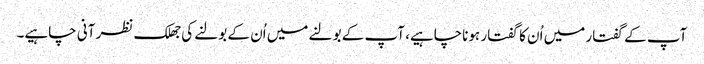
آپ کے گفتار میں اُن کا گفتار ہوناچاہیے، آپ کے بولنے میں اُن کے بولنے کی جھلک نظر آنی چاہیے۔